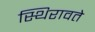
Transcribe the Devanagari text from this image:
स्थिरावते